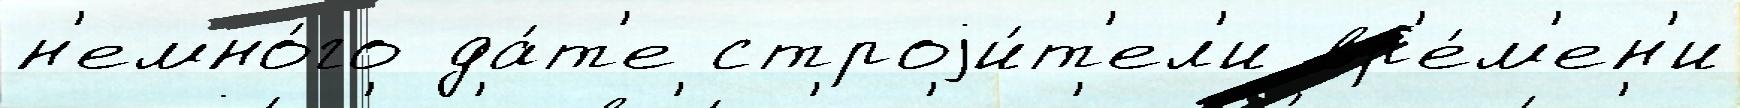
н'емно́го да́т'е строjи́т'ел'и вр'е́м'ен'и